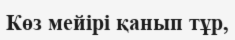
Көз мейірі қанып тұр,